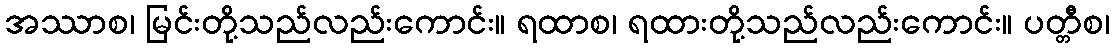
အဿာစ၊ မြင်းတို့သည်လည်းကောင်း။ ရထာစ၊ ရထားတို့သည်လည်းကောင်း။ ပတ္တီစ၊